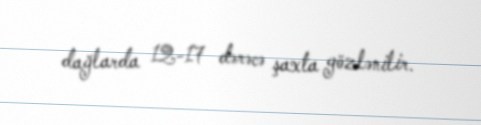
dağlarda 12-17 dərəcə şaxta gözlənilir.